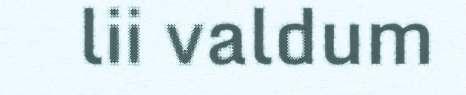
lii valdum